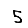
Digit: 5